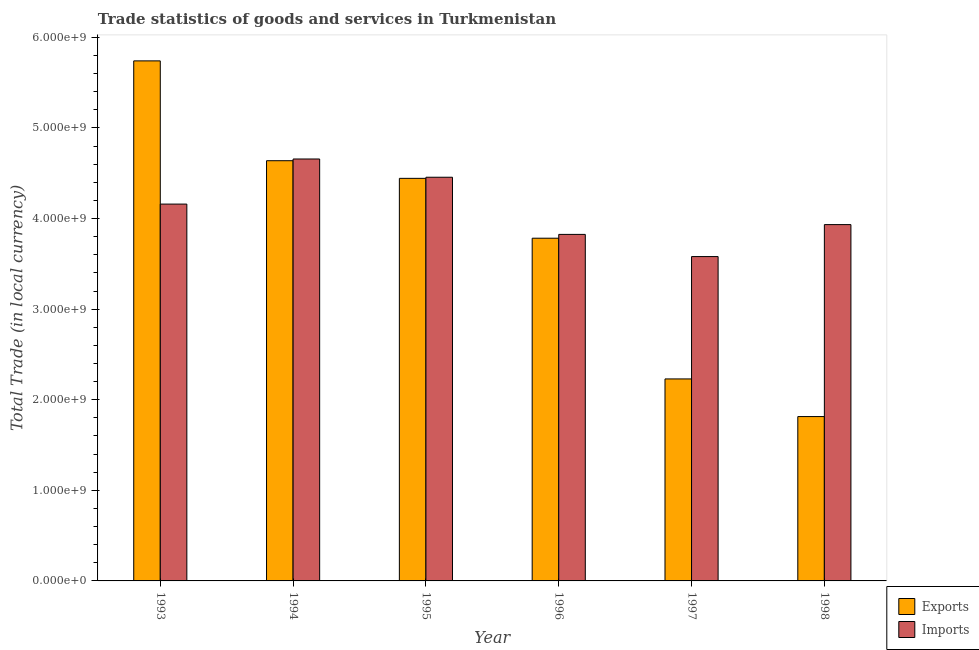
| Year | Exports | Imports |
 | --- | --- | --- |
 | 1993 | 5.74e+09 | 4.16e+09 |
 | 1994 | 4.64e+09 | 4.66e+09 |
 | 1995 | 4.44e+09 | 4.46e+09 |
 | 1996 | 3.78e+09 | 3.83e+09 |
 | 1997 | 2.23e+09 | 3.58e+09 |
 | 1998 | 1.81e+09 | 3.93e+09 |